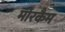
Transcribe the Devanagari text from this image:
मोरकैम